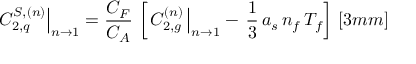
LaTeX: \left. C _ { 2 , q } ^ { S , ( n ) } \right| _ { n \rightarrow 1 } = \frac { C _ { F } } { C _ { A } } \, \left[ \left. C _ { 2 , g } ^ { ( n ) } \, \right| _ { n \rightarrow 1 } - \, \frac { 1 } { 3 } \, a _ { s } \, n _ { f } \, T _ { f } \right] \, [ 3 m m ]